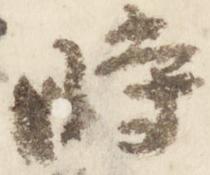
時